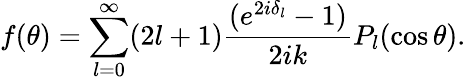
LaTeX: f(\theta)=\sum_{l=0}^{\infty}(2l+1)\frac{(e^{2i\delta_{l}}-1)}{2ik}P_{l}(\cos\theta).